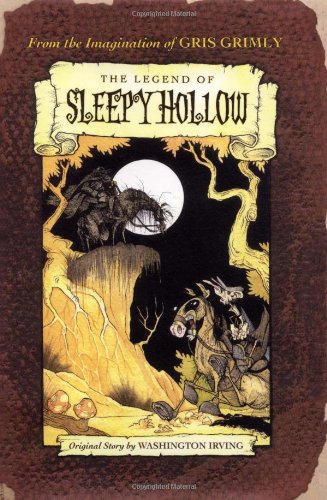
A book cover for The Legend of Sleepy Hollow; Washington Irving; Children's Books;